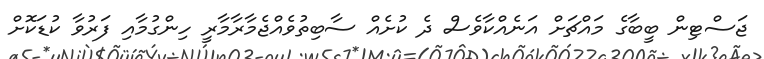
ޖަސްޓިން ބީބާގެ މައްޗަށް އަނެއްކާވެސް ދެ ކުށެއް ސާބިތުވެއްޖެމާރާމާރީ ހިންގުމާއި ފަރުވާ ކުޑަކޮށް